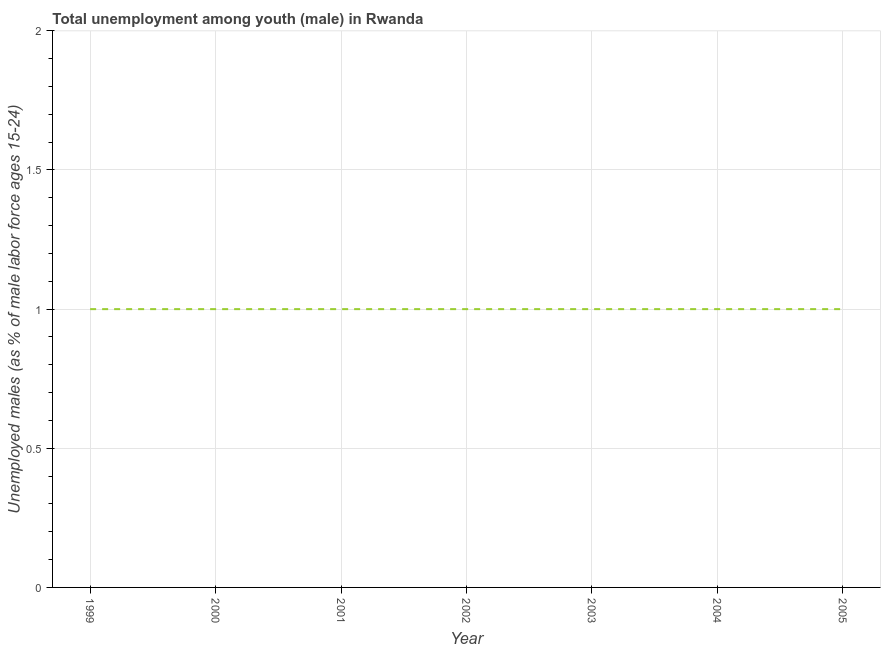
| Year | Unemployment |
 | --- | --- |
 | 1999 | 1 |
 | 2000 | 1 |
 | 2001 | 1 |
 | 2002 | 1 |
 | 2003 | 1 |
 | 2004 | 1 |
 | 2005 | 1 |